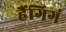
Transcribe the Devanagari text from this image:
हैंगिगं